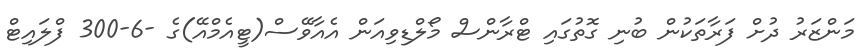
މަންޒަރު ދުށް ފަރާތަކުން ބުނި ގޮތުގައި ޓްރާންސް މޯލްޑިވިއަން އެއާވޭސް(ޓީއެމްއޭ)ގެ -6-300 ފްލައިޓް